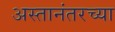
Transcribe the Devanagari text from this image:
अस्तानंतरच्या